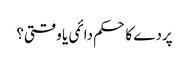
پردے کا حکم دائمی یا وقتی؟